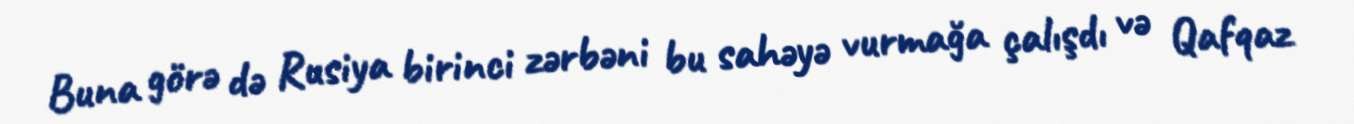
Buna görə də Rusiya birinci zərbəni bu sahəyə vurmağa çalışdı və Qafqaz